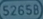
52650